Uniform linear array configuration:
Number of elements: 48
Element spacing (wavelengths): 0.25
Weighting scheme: cosine
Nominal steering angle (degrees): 15
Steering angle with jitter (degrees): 15.301
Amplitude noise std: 0.05
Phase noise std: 0.05

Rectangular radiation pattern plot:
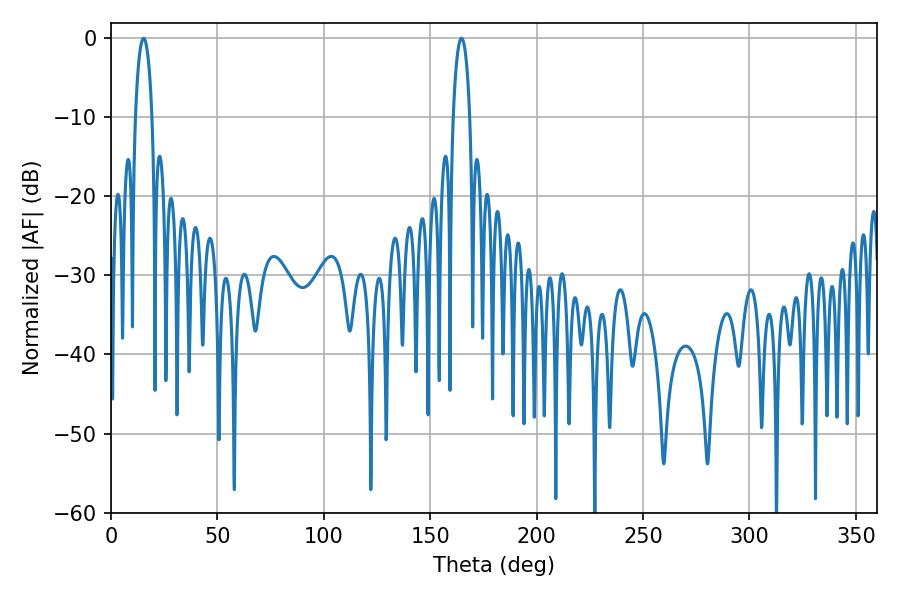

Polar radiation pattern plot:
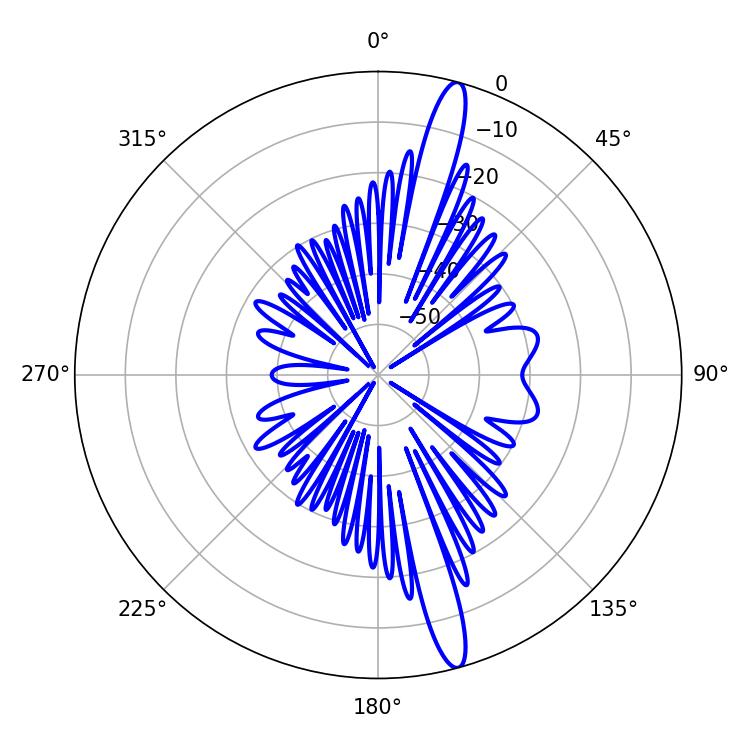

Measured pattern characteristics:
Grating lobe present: FALSE
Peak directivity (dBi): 16.317
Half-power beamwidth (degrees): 4.32
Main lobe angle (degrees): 15.3